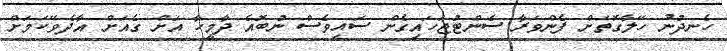
ހެނދުނު ހޭލާގޮތަށް ފެންވަރާ ސެންޓުޖަހައިގެން ސައިވެސް ނުބޮއެ ދާމީހާ އަށް ގެއަށް އާދެވޭކަމަށް